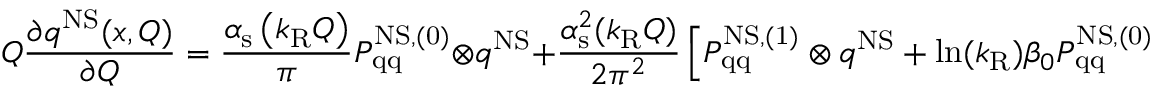
Q \frac { \partial q ^ { \mathrm { N S } } ( x , Q ) } { \partial Q } = \frac { \alpha _ { \mathrm { s } } \left( k _ { \mathrm { R } } Q \right) } { \pi } P _ { \mathrm { q q } } ^ { \mathrm { N S , ( 0 ) } } \otimes q ^ { \mathrm { N S } } + \frac { \alpha _ { \mathrm { s } } ^ { 2 } ( k _ { \mathrm { R } } Q ) } { 2 \pi ^ { 2 } } \left[ P _ { \mathrm { q q } } ^ { \mathrm { N S , ( 1 ) } } \otimes q ^ { \mathrm { N S } } + \ln ( k _ { \mathrm { R } } ) \beta _ { 0 } P _ { \mathrm { q q } } ^ { \mathrm { N S , ( 0 ) } } \otimes q ^ { \mathrm { N S } } \right]